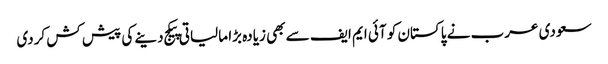
سعودی عرب نے پاکستان کو آئی ایم ایف سے بھی زیادہ بڑا مالیاتی پیکج دینے کی پیش کش کردی